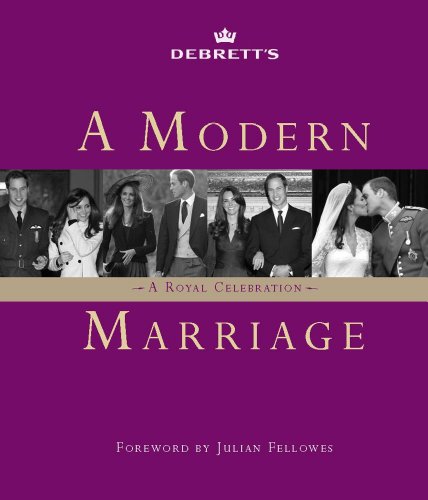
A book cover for Debrett's: A Modern Royal Marriage; Debrett's; Crafts, Hobbies & Home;